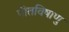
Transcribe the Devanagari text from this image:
पीतविषाणु